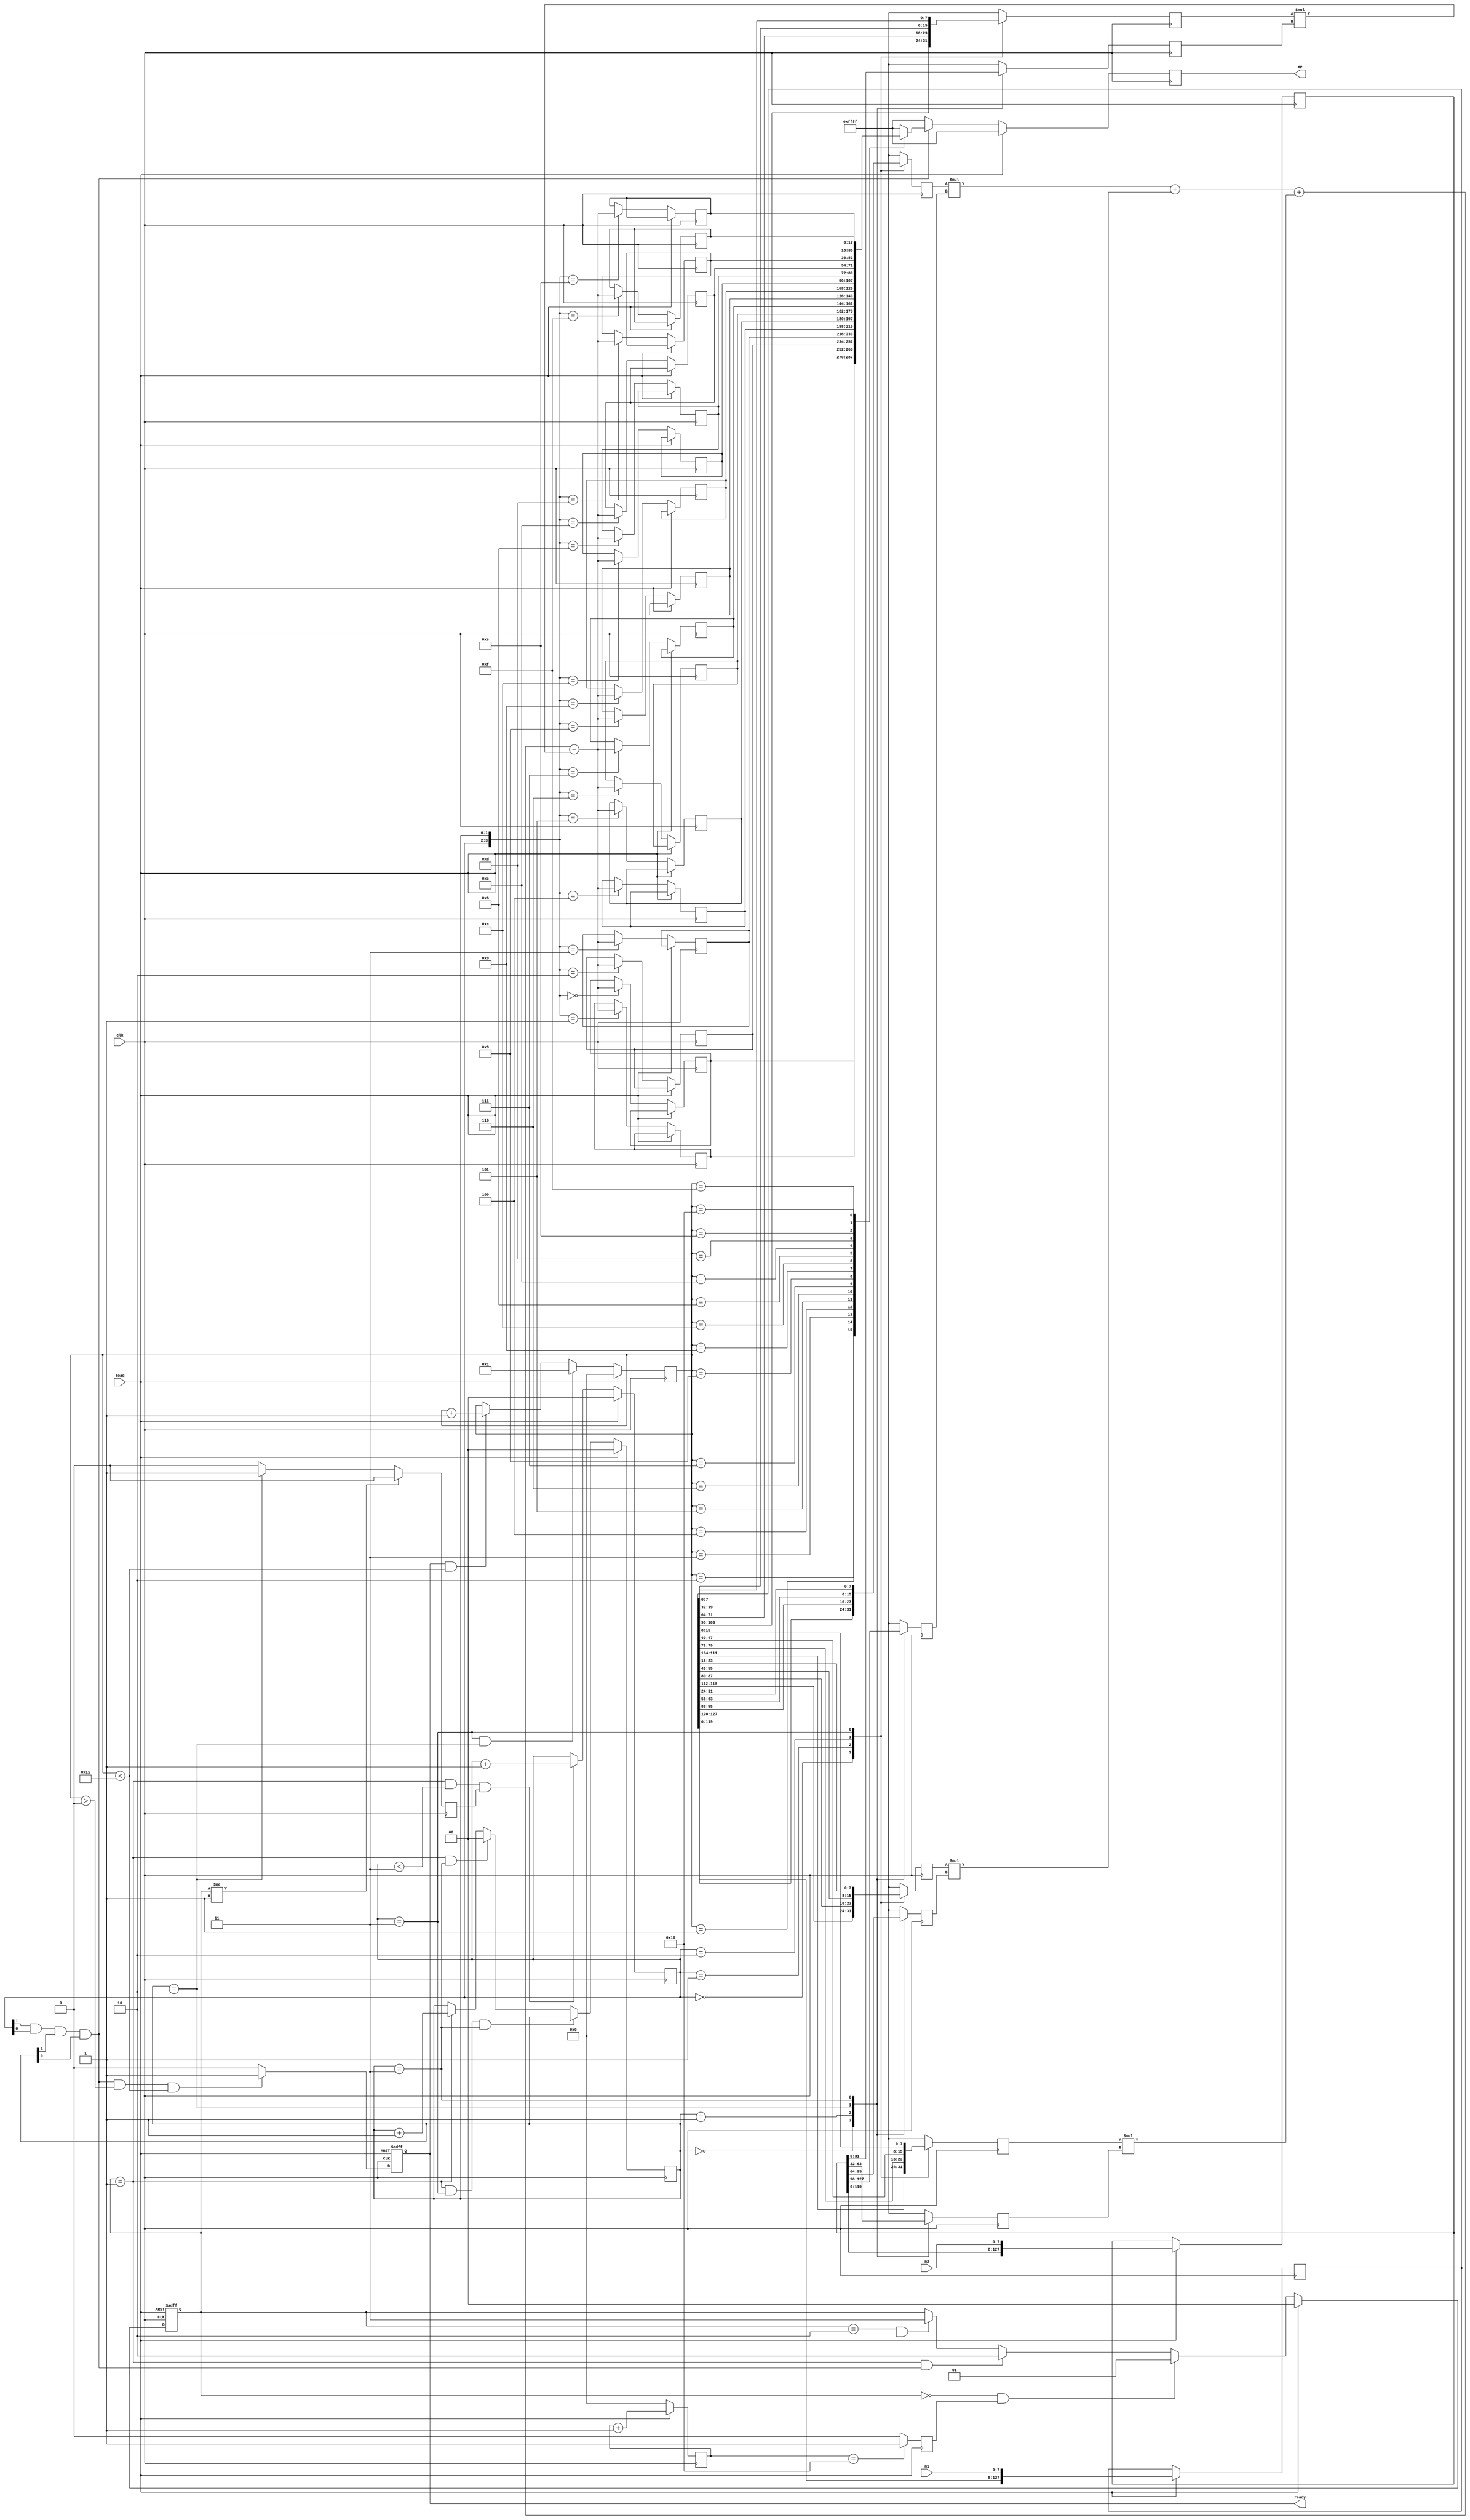
`timescale 1ns / 1ps
//////////////////////////////////////////////////////////////////////////////////
// Company: 
// Engineer: 
// 
// Design Name: 
// Module Name:    MTX_MUL 
// Project Name: 
// Target Devices: 
// Tool versions: 
// Description: 
//
// Dependencies: 
//
// Revision: 
// Revision 0.01 - File Created
// Additional Comments: 
//
//////////////////////////////////////////////////////////////////////////////////
module MTX_MUL( MP, ready, m1, m2, load, clk );
	input[7:0] m1, m2;
	input load, clk;
	output reg[17:0] MP; 
	output reg ready;
	
	reg[1:0] current_state, current_col, current_row;
	wire[1:0] next_state, next_col, next_row;
	reg[127:0] A, B;
	reg[7:0] counter1, counter2;
	reg[7:0] row_1, row_2, row_3, row_4, col_1, col_2, col_3, col_4;
	wire[7:0] next_counter2;
	reg[17:0] mp11, mp12, mp13, mp14, mp21, mp22, mp23, mp24; //remember 18 bits!!
	reg[17:0] mp31, mp32, mp33, mp34, mp41, mp42, mp43, mp44; //remember 18 bits!!
	wire[17:0] rc_product;
	reg AB_load, row_switch, mp_sent;
	wire mm_done, next_rowswitch;

	assign  next_state = ( load )? 2'b00 : 
				( current_state == 2'b00 && AB_load )? 2'b01 :
            ( current_state == 2'b01 && mm_done )? 2'b10 :
				( current_state == 2'b10 && mp_sent )? 2'b11 : current_state;
				
	always@( posedge clk or posedge load )begin
		if( load )  current_state <= 2'b00;
		else  current_state <= next_state;
	end
	
	always@( posedge clk )begin
		if( load ) begin //form matrix
			A <= { A[119:0], m1 }; 
			B <= { B[119:0], m2 }; 
			counter1 <= counter1 + 8'h01; 
		end
		else begin
			{A,B} <= {A,B};
			counter1 <= 8'h00;
		end
	end
	
	always@( negedge load )begin //define matrix_done when load~L!!
		if( counter1 ==8'h10 ) AB_load <= 1'b1;
		else AB_load <= 1'b0;
	end
	//define current_col&current_row
	assign  next_row = ( load )?  2'b00 :
			( current_state==2'b01 && current_row < 2'b11 && row_switch )?  
			( current_row + 2'b01 ) : current_row;
	
	assign  next_col = ( load )? 2'b00 :
			( current_state == 2'b01 && current_row == 2'b11 && current_col == 2'b11 )? current_col : 
			( current_state == 2'b01 && current_col == 2'b11 )?  2'b00 :
			( current_state == 2'b01 )?  
			( current_col + 2'b01 ) : current_col; 

	always@( posedge clk )begin
		row_switch <= next_rowswitch;
		if( load )begin  
			current_row <= 2'b00 ;       
			current_col <= 2'b00 ;
		end
		else begin 
			current_row <= next_row;    
			current_col <= next_col;
		end
	end

	assign  next_rowswitch = ( current_state != 2'b01 )? 1'b0 :
			( current_col == 2'b10 )? 1'b1 : 1'b0;   
	//define col&row multiplier
	always@( negedge clk )begin
        case( current_row )
        2'b00:  begin row_1 <=  A[127:120];
                      row_2 <=  A[119:112];
                      row_3 <=  A[111:104];
                      row_4 <=  A[103:96];
                end
        2'b01:  begin row_1 <=  A[95:88];
                      row_2 <=  A[87:80];
                      row_3 <=  A[79:72];
                      row_4 <=  A[71:64];
                end
        2'b10:  begin row_1 <=  A[63:56];
                      row_2 <=  A[55:48];
                      row_3 <=  A[47:40];
                      row_4 <=  A[39:32];
                end
        2'b11:  begin row_1 <=  A[31:24];
                      row_2 <=  A[23:16];
                      row_3 <=  A[15:8];
                      row_4 <=  A[7:0];
                end
        default:begin row_1 <=  row_1;
                      row_2 <=  row_2;
                      row_3 <=  row_3;
                      row_4 <=  row_4;
                end
        endcase 
	end	
	
	always@( negedge clk )begin
        case( current_col )
        2'b00:  begin col_1 <=  B[127:120];
                      col_2 <=  B[95:88];
                      col_3 <=  B[63:56];
                      col_4 <=  B[31:24];
                end
        2'b01:  begin col_1 <=  B[119:112];
                      col_2 <=  B[87:80];
                      col_3 <=  B[55:48];
                      col_4 <=  B[23:16];
                end
        2'b10:  begin col_1 <=  B[111:104];
                      col_2 <=  B[79:72];
                      col_3 <=  B[47:40];
                      col_4 <=  B[15:8];
                end
        2'b11:  begin col_1 <=  B[103:96];
                      col_2 <=  B[71:64];
                      col_3 <=  B[39:32];
                      col_4 <=  B[7:0];
                end
        default:begin col_1 <=  col_1;
                      col_2 <=  col_2;
                      col_3 <=  col_3;
                      col_4 <=  col_4;
                end
        endcase
	end
	
	assign   mm_done = current_row[1] & current_row[0] & current_col[1] & current_col[0];

	assign  rc_product = row_1*col_1 + row_2*col_2 + row_3*col_3 + row_4*col_4;
	
	always@( posedge clk )begin
		if( load ) ;//mp55 <= 16'h0000;
		else begin
			case( { current_row, current_col } )
			4'b0000:  mp11 <= rc_product;
			4'b0001:  mp12 <= rc_product;
			4'b0010:  mp13 <= rc_product;
			4'b0011:  mp14 <= rc_product;
			4'b0100:  mp21 <= rc_product;
			4'b0101:  mp22 <= rc_product;
			4'b0110:  mp23 <= rc_product;
			4'b0111:  mp24 <= rc_product;  
			4'b1000:  mp31 <= rc_product;
			4'b1001:  mp32 <= rc_product;
			4'b1010:  mp33 <= rc_product;
			4'b1011:  mp34 <= rc_product;
			4'b1100:  mp41 <= rc_product;
			4'b1101:  mp42 <= rc_product;
			4'b1110:  mp43 <= rc_product;
			4'b1111:  mp44 <= rc_product;
			default:  ;//mp55 <= 16'hFFFF;
			endcase
		end
	end	

	//define end matrix
	/*always@( posedge clk )begin
		if( load )begin
			counter2 <= 8'h00;  
			mp_sent <= 1'b0;
		end
		else begin
			if( mm_done )begin
				counter2 <= 8'h01;
				mp_sent <= 1'b0;
			end
			else begin
				if( ready && counter2 < 17 )begin 
					counter2 <= counter2 + 8'h01;
					mp_sent <= 1'b0;
				end
				else begin
					counter2 <= counter2;
					mp_sent <= 1'b1;
				end
			end
		end
	end*/
	assign next_counter2 = ( load )? 8'h00:
							  ( current_row == 2'b11 && current_col == 2'b10 )? 8'h01:
							  ( ready == 1'b1 && counter2 < 8'h11 )? ( counter2 + 8'h01 ): counter2;
							  
	always@( posedge clk )begin
		if( load ) counter2 <= 8'h00;
		else counter2 <= next_counter2;
	end
	
	always@( negedge clk or posedge load )begin
		if( load ) ready <= 1'b0;
		else if( mm_done && counter2 > 8'h00 && counter2 < 8'h11 ) ready <= 1'b1;
		else ready <= 1'b0;
	end
	
	always@( negedge clk )begin
		if( load ) MP <= 16'hFFFF;//don't care~
		else if( mm_done ) begin               
			case( counter2 ) 
			8'h01: MP <= mp11;
			8'h02: MP <= mp12;
			8'h03: MP <= mp13;
			8'h04: MP <= mp14;
			8'h05: MP <= mp21;
			8'h06: MP <= mp22;
			8'h07: MP <= mp23;
			8'h08: MP <= mp24;
			8'h09: MP <= mp31;
			8'h0A: MP <= mp32;
			8'h0B: MP <= mp33;
			8'h0C: MP <= mp34;
			8'h0D: MP <= mp41;
			8'h0E: MP <= mp42;
			8'h0F: MP <= mp43;
			8'h10: MP <= mp44;
			default: MP <= 16'hFFFF;//don't care~
			endcase			
		end
		else MP <= 16'hFFFF;	//don't care~
	end	
endmodule